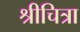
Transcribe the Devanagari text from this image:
श्रीचित्रा